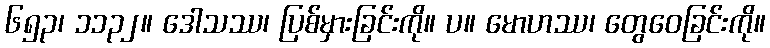
၆၅၃၊ ၁၁၃၂။ ဒေါသဿ၊ ပြစ်မှားခြင်းကို။ ပ။ မောဟဿ၊ တွေဝေခြင်းကို။